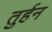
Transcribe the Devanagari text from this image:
तुर्हन